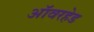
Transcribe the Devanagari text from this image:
ऑवरहेड